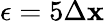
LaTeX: \epsilon=5\Delta\mathbf{x}